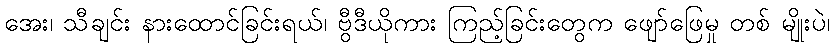
အေး၊ သီချင်း နားထောင်ခြင်းရယ်၊ ဗွီဒီယိုကား ကြည့်ခြင်းတွေက ဖျော်ဖြေမှု တစ် မျိုးပဲ၊